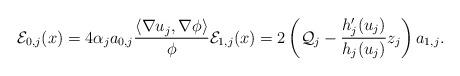
LaTeX: \begin{align*} \mathcal E_{0,j}(x)= 4 \alpha_j a_{0,j} \frac{\langle \nabla u_j, \nabla \phi \rangle}{\phi} \mathcal E_{1,j} (x) =2\left(\mathcal Q_j-\frac{h_j'(u_j)}{h_j(u_j)} z_j\right) a_{1,j} .\end{align*}